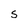
Character: S